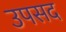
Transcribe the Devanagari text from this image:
उपसद